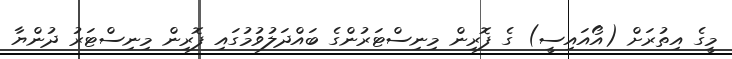
މީގެ އިތުރަށް (އޯއައިސީ) ގެ ފޮރިން މިނިސްޓަރުންގެ ބައްދަލުވުމުގައި ފޮރިން މިނިސްޓަރު ދުންޔާ